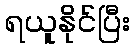
ရယူနိုင်ပြီး